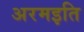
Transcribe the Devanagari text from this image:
अरमइति